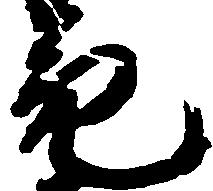
亮